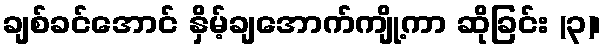
ချစ်ခင်အောင် နှိမ့်ချအောက်ကျို့ကာ ဆိုခြင်း (၃)၊